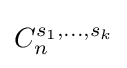
C_{n}^{s_{1},\ldots ,s_{k}}